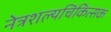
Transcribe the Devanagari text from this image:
नेत्रशल्यचिकित्सक